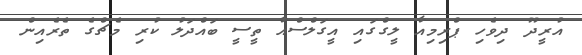
އުރީދޫ ދިވެހި ޕްރިމިއާ ލީގްގައި އީގަލްސްއާ ތީސީ ބައްދަލު ކުރި މެޗްގެ ތެރެއިން